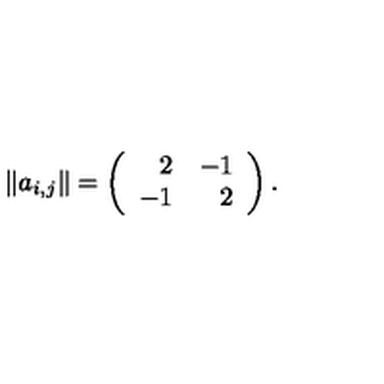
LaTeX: \| a _ { i , j } \| = \left( \begin{array} { r r } { 2 } & { - 1 } \\ { - 1 } & { 2 } \\ \end{array} \right) .